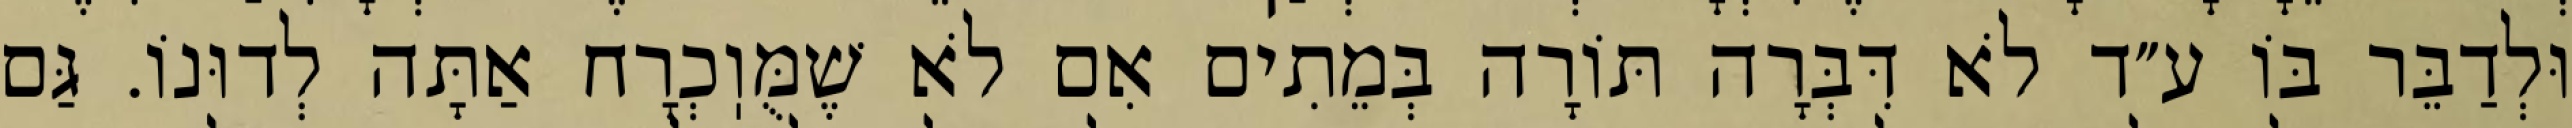
וּלְדַבֵּר בּוֹ ע״ד לֹא דִּבְּרָה תּוֹרָה בְּמֵתִים אִם לֹא שֶׁמֻּוֽכְרָח אַתָּה לְדוּנוֹ. גַּם